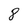
Character: 8